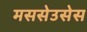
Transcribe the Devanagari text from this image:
मससेउसेस